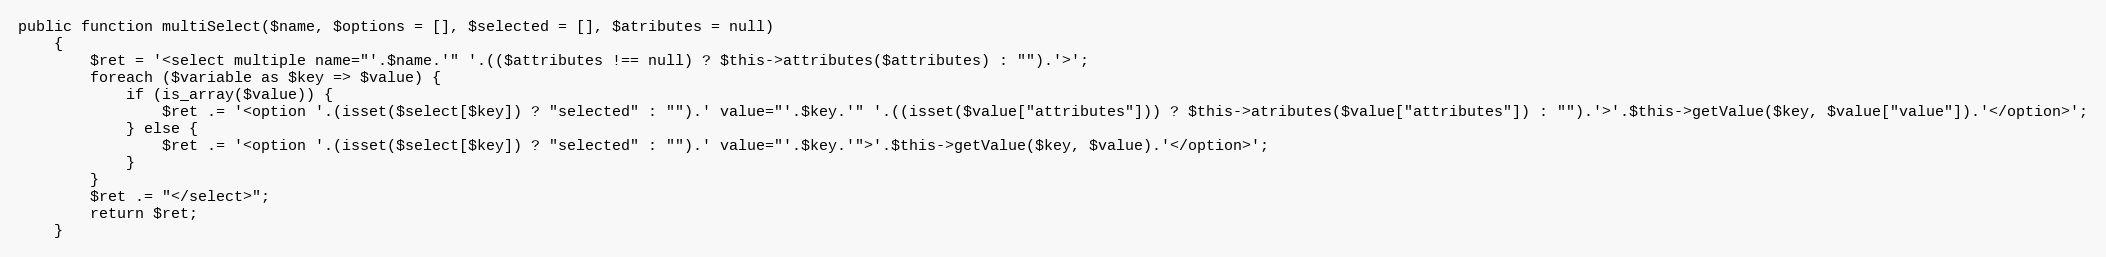
Language: PHP
public function multiSelect($name, $options = [], $selected = [], $atributes = null)
    {
        $ret = '<select multiple name="'.$name.'" '.(($attributes !== null) ? $this->attributes($attributes) : "").'>';
        foreach ($variable as $key => $value) {
            if (is_array($value)) {
                $ret .= '<option '.(isset($select[$key]) ? "selected" : "").' value="'.$key.'" '.((isset($value["attributes"])) ? $this->atributes($value["attributes"]) : "").'>'.$this->getValue($key, $value["value"]).'</option>';
            } else {
                $ret .= '<option '.(isset($select[$key]) ? "selected" : "").' value="'.$key.'">'.$this->getValue($key, $value).'</option>';
            }
        }
        $ret .= "</select>";
        return $ret;
    }